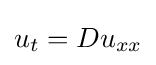
u_{t}=Du_{xx}